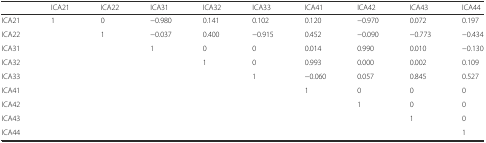
|  | ICA21 | ICA22 | ICA31 | ICA32 | ICA33 | ICA41 | ICA42 | ICA43 | ICA44 |
 | --- | --- | --- | --- | --- | --- | --- | --- | --- | --- |
 | ICA21 | 1 | 0 | −0.980 | 0.141 | 0.102 | 0.120 | −0.970 | 0.072 | 0.197 |
 | ICA22 |  | 1 | −0.037 | 0.400 | −0.915 | 0.452 | −0.090 | −0.773 | −0.434 |
 | ICA31 |  |  | 1 | 0 | 0 | 0.014 | 0.990 | 0.010 | −0.130 |
 | ICA32 |  |  |  | 1 | 0 | 0.993 | 0.000 | 0.002 | 0.109 |
 | ICA33 |  |  |  |  | 1 | −0.060 | 0.057 | 0.845 | 0.527 |
 | ICA41 |  |  |  |  |  | 1 | 0 | 0 | 0 |
 | ICA42 |  |  |  |  |  |  | 1 | 0 | 0 |
 | ICA43 |  |  |  |  |  |  |  | 1 | 0 |
 | ICA44 |  |  |  |  |  |  |  |  | 1 |